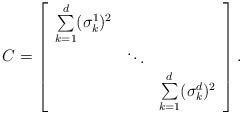
LaTeX: \begin{align*}C=\left[\begin{array}{ccc} \sum\limits_{k=1}^{d}(\sigma_k^1)^2& &\\ &\ddots& \\& & \sum\limits_{k=1}^{d}(\sigma_k^d)^2\end{array}\right].\end{align*}